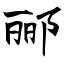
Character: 郦